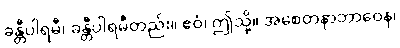
ခန္တီပါရမီ၊ ခန္တီပါရမီတည်း။ ဧဝံ၊ ဤသို့။ အစေတနာဘာဝေန၊